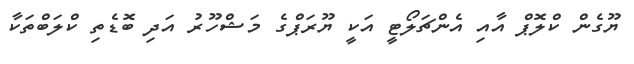
ޔޫގެން ކްލޮޕް އާއި އެންޗަލޯޓީ އަކީ ޔޫރަޕްގެ މަޝްހޫރު އަދި ބޮޑެތި ކްލަބްތަކާ